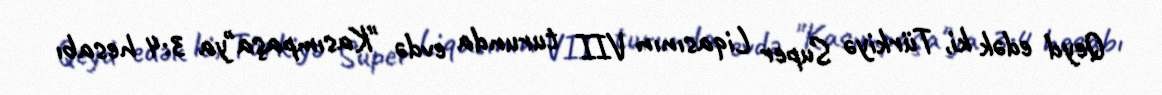
Qeyd edək ki, Türkiyə Super Liqasının VII turunda evdə "Kasımpaşa"ya 3:4 hesabı